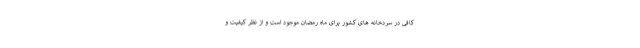
کافی در سردخانه های کشور برای ماه رمضان موجود است و از نظر کیفیت و